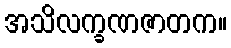
အသိလက္ခဏဇာတက။